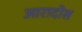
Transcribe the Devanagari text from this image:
आरादोस